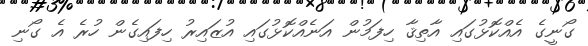
ގޯނީގެ އެއްކޮޅުގައި އާތިޤާ ހިފަމުން އަނެއްކޮޅުގައި އުޒައިރު ހިފައިގެން ހުރެ އެ ގޯނި